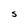
Character: S